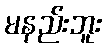
မနည်းဘူး